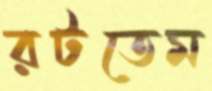
রটতেম